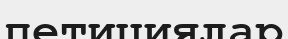
петициялар